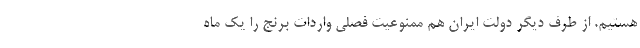
هستیم. از طرف دیگر دولت ایران هم ممنوعیت فصلی واردات برنج را یک ماه